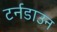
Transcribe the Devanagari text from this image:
टर्नडाउन